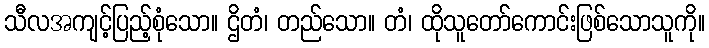
သီလအကျင့်ပြည့်စုံသော။ ဌိတံ၊ တည်သော။ တံ၊ ထိုသူတော်ကောင်းဖြစ်သောသူကို။